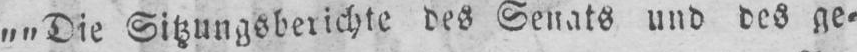
„„Die Sitzungsberichte des Senats und des ge⸗